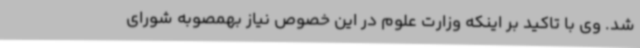
شد. وی با تاکید بر اینکه وزارت علوم در این خصوص نیاز بهمصوبه شورای